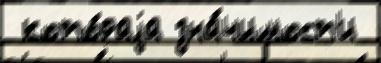
 кото́раjа зна́чимост'и